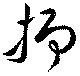
抑